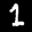
Label: 1